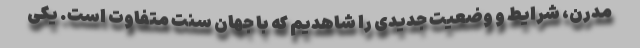
مدرن، شرایط و وضعیت جدیدی را شاهدیم که با جهانِ سنت متفاوت است. یکی